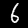
Label: 6